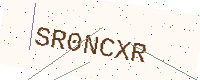
Text: SR0NCXR